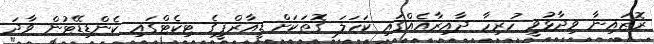
ރޮޒައިނާ ވިދާޅުވީ ހުރިހާ ދާއިރާއެއްގައި ކަހަލަ ގޮތަކަށް ޑީއާރްޕީގެ ޓިކެޓްގައި ކެންޑިޑޭޓުން ވާދަ